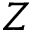
Z